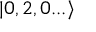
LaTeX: | 0 , 2 , 0 . . . \rangle